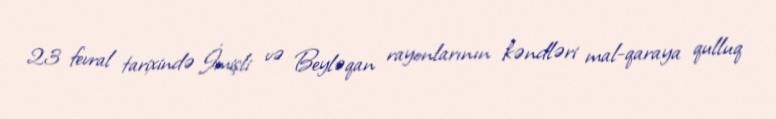
23 fevral tarixində İmişli və Beyləqan rayonlarının kəndləri mal-qaraya qulluq